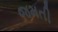
જમતી